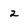
Character: 2